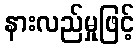
နားလည်မှုဖြင့်